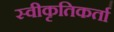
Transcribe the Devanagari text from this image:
स्वीकृतिकर्ता